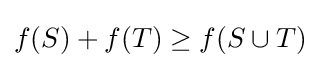
f(S)+f(T)\geq f(S\cup T)